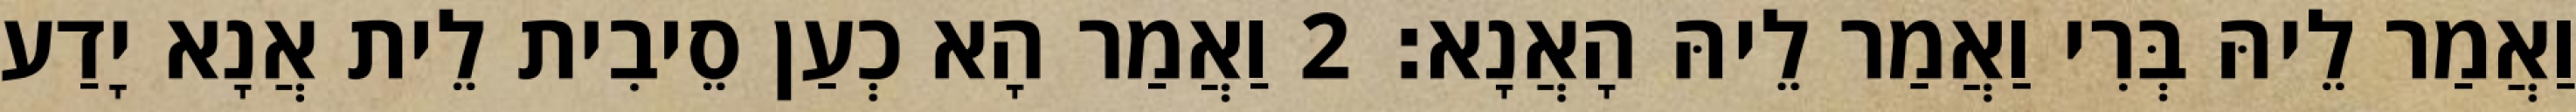
וַאֲמַר לֵיהּ בְּרִי וַאֲמַר לֵיהּ הָאֲנָא׃ 2 וַאֲמַר הָא כְעַן סֵיבִית לֵית אֲנָא יָדַע